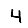
Digit: 4